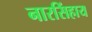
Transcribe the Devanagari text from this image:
नारसिंहाय